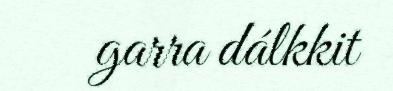
garra dálkkit